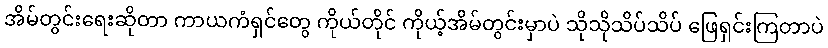
အိမ်တွင်းရေးဆိုတာ ကာယကံရှင်တွေ ကိုယ်တိုင် ကိုယ့်အိမ်တွင်းမှာပဲ သိုသိုသိပ်သိပ် ဖြေရှင်းကြတာပဲ